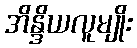
အိန္ဒိယလူမျိုး